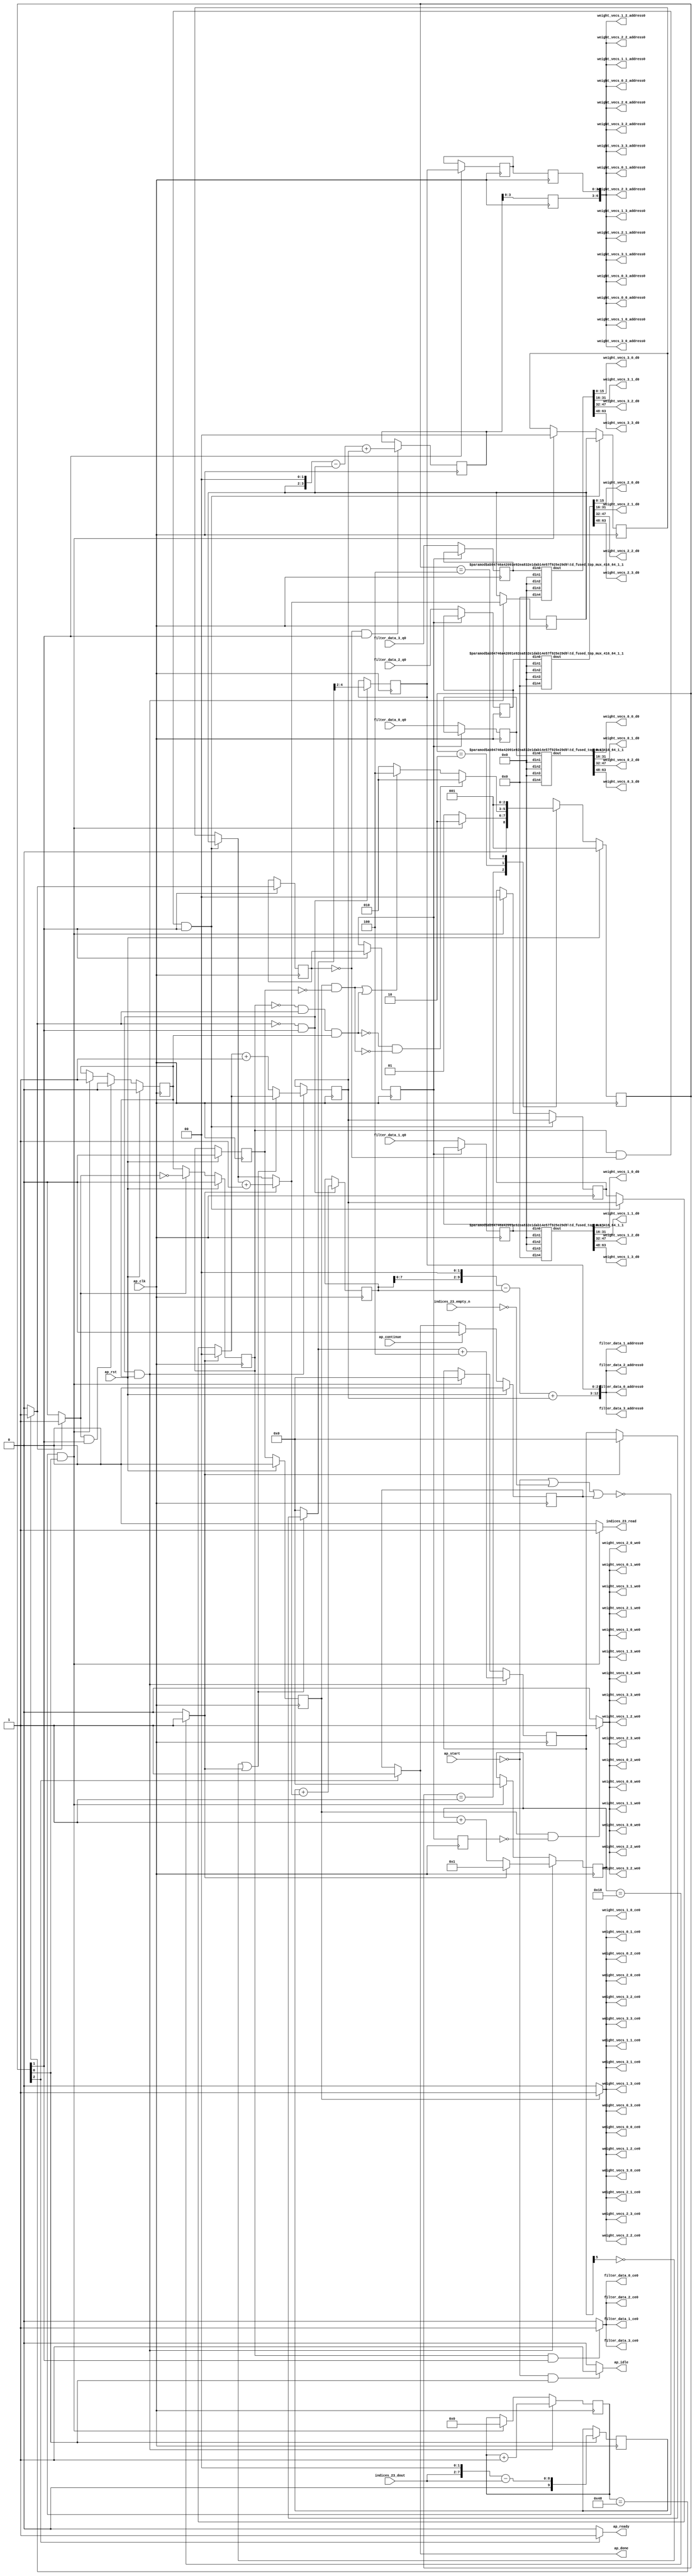
`define EXPONENT 5
`define MANTISSA 10
`define ACTUAL_MANTISSA 11
`define EXPONENT_LSB 10
`define EXPONENT_MSB 14
`define MANTISSA_LSB 0
`define MANTISSA_MSB 9
`define MANTISSA_MUL_SPLIT_LSB 3
`define MANTISSA_MUL_SPLIT_MSB 9
`define SIGN 1
`define SIGN_LOC 15
`define DWIDTH (`SIGN+`EXPONENT+`MANTISSA)
`define IEEE_COMPLIANCE 1

module td_fused_top_tdf7_readFilters53 (
        ap_clk,
        ap_rst,
        ap_start,
        ap_done,
        ap_continue,
        ap_idle,
        ap_ready,
        filter_data_0_address0,
        filter_data_0_ce0,
        filter_data_0_q0,
        filter_data_1_address0,
        filter_data_1_ce0,
        filter_data_1_q0,
        filter_data_2_address0,
        filter_data_2_ce0,
        filter_data_2_q0,
        filter_data_3_address0,
        filter_data_3_ce0,
        filter_data_3_q0,
        indices_23_dout,
        indices_23_empty_n,
        indices_23_read,
        weight_vecs_0_0_address0,
        weight_vecs_0_0_ce0,
        weight_vecs_0_0_we0,
        weight_vecs_0_0_d0,
        weight_vecs_0_1_address0,
        weight_vecs_0_1_ce0,
        weight_vecs_0_1_we0,
        weight_vecs_0_1_d0,
        weight_vecs_0_2_address0,
        weight_vecs_0_2_ce0,
        weight_vecs_0_2_we0,
        weight_vecs_0_2_d0,
        weight_vecs_0_3_address0,
        weight_vecs_0_3_ce0,
        weight_vecs_0_3_we0,
        weight_vecs_0_3_d0,
        weight_vecs_1_0_address0,
        weight_vecs_1_0_ce0,
        weight_vecs_1_0_we0,
        weight_vecs_1_0_d0,
        weight_vecs_1_1_address0,
        weight_vecs_1_1_ce0,
        weight_vecs_1_1_we0,
        weight_vecs_1_1_d0,
        weight_vecs_1_2_address0,
        weight_vecs_1_2_ce0,
        weight_vecs_1_2_we0,
        weight_vecs_1_2_d0,
        weight_vecs_1_3_address0,
        weight_vecs_1_3_ce0,
        weight_vecs_1_3_we0,
        weight_vecs_1_3_d0,
        weight_vecs_2_0_address0,
        weight_vecs_2_0_ce0,
        weight_vecs_2_0_we0,
        weight_vecs_2_0_d0,
        weight_vecs_2_1_address0,
        weight_vecs_2_1_ce0,
        weight_vecs_2_1_we0,
        weight_vecs_2_1_d0,
        weight_vecs_2_2_address0,
        weight_vecs_2_2_ce0,
        weight_vecs_2_2_we0,
        weight_vecs_2_2_d0,
        weight_vecs_2_3_address0,
        weight_vecs_2_3_ce0,
        weight_vecs_2_3_we0,
        weight_vecs_2_3_d0,
        weight_vecs_3_0_address0,
        weight_vecs_3_0_ce0,
        weight_vecs_3_0_we0,
        weight_vecs_3_0_d0,
        weight_vecs_3_1_address0,
        weight_vecs_3_1_ce0,
        weight_vecs_3_1_we0,
        weight_vecs_3_1_d0,
        weight_vecs_3_2_address0,
        weight_vecs_3_2_ce0,
        weight_vecs_3_2_we0,
        weight_vecs_3_2_d0,
        weight_vecs_3_3_address0,
        weight_vecs_3_3_ce0,
        weight_vecs_3_3_we0,
        weight_vecs_3_3_d0
);

parameter    ap_ST_fsm_state1 = 3'd1;
parameter    ap_ST_fsm_pp0_stage0 = 3'd2;
parameter    ap_ST_fsm_state6 = 3'd4;

input   ap_clk;
input   ap_rst;
input   ap_start;
output   ap_done;
input   ap_continue;
output   ap_idle;
output   ap_ready;
output  [12:0] filter_data_0_address0;
output   filter_data_0_ce0;
input  [63:0] filter_data_0_q0;
output  [12:0] filter_data_1_address0;
output   filter_data_1_ce0;
input  [63:0] filter_data_1_q0;
output  [12:0] filter_data_2_address0;
output   filter_data_2_ce0;
input  [63:0] filter_data_2_q0;
output  [12:0] filter_data_3_address0;
output   filter_data_3_ce0;
input  [63:0] filter_data_3_q0;
input  [5:0] indices_23_dout;
input   indices_23_empty_n;
output   indices_23_read;
output  [6:0] weight_vecs_0_0_address0;
output   weight_vecs_0_0_ce0;
output   weight_vecs_0_0_we0;
output  [15:0] weight_vecs_0_0_d0;
output  [6:0] weight_vecs_0_1_address0;
output   weight_vecs_0_1_ce0;
output   weight_vecs_0_1_we0;
output  [15:0] weight_vecs_0_1_d0;
output  [6:0] weight_vecs_0_2_address0;
output   weight_vecs_0_2_ce0;
output   weight_vecs_0_2_we0;
output  [15:0] weight_vecs_0_2_d0;
output  [6:0] weight_vecs_0_3_address0;
output   weight_vecs_0_3_ce0;
output   weight_vecs_0_3_we0;
output  [15:0] weight_vecs_0_3_d0;
output  [6:0] weight_vecs_1_0_address0;
output   weight_vecs_1_0_ce0;
output   weight_vecs_1_0_we0;
output  [15:0] weight_vecs_1_0_d0;
output  [6:0] weight_vecs_1_1_address0;
output   weight_vecs_1_1_ce0;
output   weight_vecs_1_1_we0;
output  [15:0] weight_vecs_1_1_d0;
output  [6:0] weight_vecs_1_2_address0;
output   weight_vecs_1_2_ce0;
output   weight_vecs_1_2_we0;
output  [15:0] weight_vecs_1_2_d0;
output  [6:0] weight_vecs_1_3_address0;
output   weight_vecs_1_3_ce0;
output   weight_vecs_1_3_we0;
output  [15:0] weight_vecs_1_3_d0;
output  [6:0] weight_vecs_2_0_address0;
output   weight_vecs_2_0_ce0;
output   weight_vecs_2_0_we0;
output  [15:0] weight_vecs_2_0_d0;
output  [6:0] weight_vecs_2_1_address0;
output   weight_vecs_2_1_ce0;
output   weight_vecs_2_1_we0;
output  [15:0] weight_vecs_2_1_d0;
output  [6:0] weight_vecs_2_2_address0;
output   weight_vecs_2_2_ce0;
output   weight_vecs_2_2_we0;
output  [15:0] weight_vecs_2_2_d0;
output  [6:0] weight_vecs_2_3_address0;
output   weight_vecs_2_3_ce0;
output   weight_vecs_2_3_we0;
output  [15:0] weight_vecs_2_3_d0;
output  [6:0] weight_vecs_3_0_address0;
output   weight_vecs_3_0_ce0;
output   weight_vecs_3_0_we0;
output  [15:0] weight_vecs_3_0_d0;
output  [6:0] weight_vecs_3_1_address0;
output   weight_vecs_3_1_ce0;
output   weight_vecs_3_1_we0;
output  [15:0] weight_vecs_3_1_d0;
output  [6:0] weight_vecs_3_2_address0;
output   weight_vecs_3_2_ce0;
output   weight_vecs_3_2_we0;
output  [15:0] weight_vecs_3_2_d0;
output  [6:0] weight_vecs_3_3_address0;
output   weight_vecs_3_3_ce0;
output   weight_vecs_3_3_we0;
output  [15:0] weight_vecs_3_3_d0;

reg ap_done;
reg ap_idle;
reg ap_ready;
reg filter_data_0_ce0;
reg filter_data_1_ce0;
reg filter_data_2_ce0;
reg filter_data_3_ce0;
reg indices_23_read;
reg weight_vecs_0_0_ce0;
reg weight_vecs_0_0_we0;
reg weight_vecs_0_1_ce0;
reg weight_vecs_0_1_we0;
reg weight_vecs_0_2_ce0;
reg weight_vecs_0_2_we0;
reg weight_vecs_0_3_ce0;
reg weight_vecs_0_3_we0;
reg weight_vecs_1_0_ce0;
reg weight_vecs_1_0_we0;
reg weight_vecs_1_1_ce0;
reg weight_vecs_1_1_we0;
reg weight_vecs_1_2_ce0;
reg weight_vecs_1_2_we0;
reg weight_vecs_1_3_ce0;
reg weight_vecs_1_3_we0;
reg weight_vecs_2_0_ce0;
reg weight_vecs_2_0_we0;
reg weight_vecs_2_1_ce0;
reg weight_vecs_2_1_we0;
reg weight_vecs_2_2_ce0;
reg weight_vecs_2_2_we0;
reg weight_vecs_2_3_ce0;
reg weight_vecs_2_3_we0;
reg weight_vecs_3_0_ce0;
reg weight_vecs_3_0_we0;
reg weight_vecs_3_1_ce0;
reg weight_vecs_3_1_we0;
reg weight_vecs_3_2_ce0;
reg weight_vecs_3_2_we0;
reg weight_vecs_3_3_ce0;
reg weight_vecs_3_3_we0;

reg    ap_done_reg;
  reg   [2:0] ap_CS_fsm;
wire    ap_CS_fsm_state1;
reg    indices_23_blk_n;
reg   [6:0] indvar_flatten13_reg_412;
reg   [1:0] ii_reg_423;
reg   [5:0] indvar_flatten_reg_434;
reg   [1:0] jj_reg_445;
reg   [5:0] kk_reg_456;
wire   [9:0] sext_ln47_fu_489_p1;
reg   [9:0] sext_ln47_reg_989;
wire   [6:0] add_ln47_2_fu_493_p2;
wire    ap_CS_fsm_pp0_stage0;
reg    ap_enable_reg_pp0_iter0;
wire    ap_block_state2_pp0_stage0_iter0;
wire    ap_block_state3_pp0_stage0_iter1;
wire    ap_block_state4_pp0_stage0_iter2;
wire    ap_block_state5_pp0_stage0_iter3;
wire    ap_block_pp0_stage0_11001;
wire   [0:0] icmp_ln47_fu_499_p2;
reg   [0:0] icmp_ln47_reg_999;
reg   [0:0] icmp_ln47_reg_999_pp0_iter1_reg;
reg   [0:0] icmp_ln47_reg_999_pp0_iter2_reg;
wire   [1:0] select_ln47_4_fu_533_p3;
reg   [1:0] select_ln47_4_reg_1003;
wire   [9:0] add_ln55_fu_545_p2;
reg   [9:0] add_ln55_reg_1010;
wire   [1:0] select_ln48_3_fu_584_p3;
reg   [1:0] select_ln48_3_reg_1016;
reg   [2:0] lshr_ln_reg_1023;
reg   [2:0] lshr_ln_reg_1023_pp0_iter1_reg;
reg   [2:0] lshr_ln_reg_1023_pp0_iter2_reg;
wire   [5:0] add_ln49_fu_602_p2;
wire   [5:0] select_ln48_4_fu_614_p3;
wire   [5:0] add_ln55_4_fu_678_p2;
reg   [5:0] add_ln55_4_reg_1039;
reg   [5:0] add_ln55_4_reg_1039_pp0_iter2_reg;
reg   [63:0] filter_data_0_load_reg_1064;
reg   [63:0] filter_data_1_load_reg_1069;
reg   [63:0] filter_data_2_load_reg_1074;
reg   [63:0] filter_data_3_load_reg_1079;
reg    ap_block_state1;
wire    ap_block_pp0_stage0_subdone;
reg    ap_condition_pp0_exit_iter0_state2;
reg    ap_enable_reg_pp0_iter1;
reg    ap_enable_reg_pp0_iter2;
reg    ap_enable_reg_pp0_iter3;
reg   [1:0] ap_phi_mux_ii_phi_fu_427_p4;
wire    ap_block_pp0_stage0;
reg   [1:0] ap_phi_mux_jj_phi_fu_449_p4;
wire   [63:0] tmp_16_fu_684_p3;
wire   [63:0] sext_ln55_4_fu_701_p1;
wire   [7:0] tmp_s_fu_471_p3;
wire   [8:0] zext_ln55_8_fu_479_p1;
wire   [8:0] zext_ln55_fu_467_p1;
wire   [8:0] sub_ln55_fu_483_p2;
wire   [0:0] icmp_ln48_fu_511_p2;
wire   [1:0] add_ln47_fu_505_p2;
wire   [9:0] zext_ln55_10_fu_541_p1;
wire   [0:0] tmp_24_fu_550_p3;
wire   [0:0] xor_ln49_fu_558_p2;
wire   [1:0] select_ln47_fu_517_p3;
wire   [0:0] or_ln47_fu_564_p2;
wire   [5:0] select_ln47_3_fu_525_p3;
wire   [1:0] add_ln48_fu_570_p2;
wire   [5:0] select_ln48_fu_576_p3;
wire   [5:0] add_ln48_2_fu_608_p2;
wire   [11:0] tmp_23_fu_628_p3;
wire   [60:0] sext_ln55_3_fu_635_p1;
wire   [60:0] sext_ln55_fu_625_p1;
wire   [3:0] tmp_15_fu_645_p3;
wire   [4:0] zext_ln55_11_fu_652_p1;
wire   [4:0] zext_ln55_9_fu_622_p1;
wire   [4:0] sub_ln55_4_fu_656_p2;
wire   [60:0] sub_ln55_3_fu_639_p2;
wire   [60:0] zext_ln55_13_fu_669_p1;
wire   [5:0] sext_ln48_fu_662_p1;
wire   [5:0] zext_ln55_12_fu_666_p1;
wire   [60:0] add_ln55_3_fu_672_p2;
wire   [8:0] tmp_25_fu_695_p3;
wire   [63:0] tmp_fu_721_p6;
wire   [15:0] trunc_ln55_fu_734_p1;
wire   [63:0] tmp_4_fu_743_p6;
wire   [15:0] trunc_ln55_4_fu_756_p1;
wire   [63:0] tmp_5_fu_765_p6;
wire   [15:0] trunc_ln55_5_fu_778_p1;
wire   [63:0] tmp_6_fu_787_p6;
wire   [15:0] trunc_ln55_6_fu_800_p1;
wire   [15:0] tmp_45_i_i_fu_809_p4;
wire   [15:0] tmp_47_i_i_fu_824_p4;
wire   [15:0] tmp_49_i_i_fu_839_p4;
wire   [15:0] tmp_51_i_i_fu_854_p4;
wire   [15:0] tmp_53_i_i_fu_869_p4;
wire   [15:0] tmp_55_i_i_fu_884_p4;
wire   [15:0] tmp_57_i_i_fu_899_p4;
wire   [15:0] tmp_59_i_i_fu_914_p4;
wire   [15:0] tmp_61_i_i_fu_929_p4;
wire   [15:0] tmp_63_i_i_fu_944_p4;
wire   [15:0] tmp_65_i_i_fu_959_p4;
wire   [15:0] tmp_67_i_i_fu_974_p4;
wire    ap_CS_fsm_state6;
reg   [2:0] ap_NS_fsm;
reg    ap_idle_pp0;
wire    ap_enable_pp0;
wire    ap_ce_reg;

// power-on initialization
initial begin
#0 ap_done_reg = 1'b0;
#0 ap_CS_fsm = 3'd1;
#0 ap_enable_reg_pp0_iter0 = 1'b0;
#0 ap_enable_reg_pp0_iter1 = 1'b0;
#0 ap_enable_reg_pp0_iter2 = 1'b0;
#0 ap_enable_reg_pp0_iter3 = 1'b0;
end

td_fused_top_mux_416_64_1_1 #(
    .ID( 1 ),
    .NUM_STAGE( 1 ),
    .din0_WIDTH( 64 ),
    .din1_WIDTH( 64 ),
    .din2_WIDTH( 64 ),
    .din3_WIDTH( 64 ),
    .din4_WIDTH( 16 ),
    .dout_WIDTH( 64 ))
mux_416_64_1_1_U951(
    .din0(filter_data_0_load_reg_1064),
    .din1(64'd0),
    .din2(64'd0),
    .din3(64'd0),
    .din4(16'd0),
    .dout(tmp_fu_721_p6)
);

td_fused_top_mux_416_64_1_1 #(
    .ID( 1 ),
    .NUM_STAGE( 1 ),
    .din0_WIDTH( 64 ),
    .din1_WIDTH( 64 ),
    .din2_WIDTH( 64 ),
    .din3_WIDTH( 64 ),
    .din4_WIDTH( 16 ),
    .dout_WIDTH( 64 ))
mux_416_64_1_1_U952(
    .din0(filter_data_1_load_reg_1069),
    .din1(64'd0),
    .din2(64'd0),
    .din3(64'd0),
    .din4(16'd0),
    .dout(tmp_4_fu_743_p6)
);

td_fused_top_mux_416_64_1_1 #(
    .ID( 1 ),
    .NUM_STAGE( 1 ),
    .din0_WIDTH( 64 ),
    .din1_WIDTH( 64 ),
    .din2_WIDTH( 64 ),
    .din3_WIDTH( 64 ),
    .din4_WIDTH( 16 ),
    .dout_WIDTH( 64 ))
mux_416_64_1_1_U953(
    .din0(filter_data_2_load_reg_1074),
    .din1(64'd0),
    .din2(64'd0),
    .din3(64'd0),
    .din4(16'd0),
    .dout(tmp_5_fu_765_p6)
);

td_fused_top_mux_416_64_1_1 #(
    .ID( 1 ),
    .NUM_STAGE( 1 ),
    .din0_WIDTH( 64 ),
    .din1_WIDTH( 64 ),
    .din2_WIDTH( 64 ),
    .din3_WIDTH( 64 ),
    .din4_WIDTH( 16 ),
    .dout_WIDTH( 64 ))
mux_416_64_1_1_U954(
    .din0(filter_data_3_load_reg_1079),
    .din1(64'd0),
    .din2(64'd0),
    .din3(64'd0),
    .din4(16'd0),
    .dout(tmp_6_fu_787_p6)
);

always @ (posedge ap_clk) begin
    if (ap_rst == 1'b1) begin
        ap_CS_fsm <= ap_ST_fsm_state1;
    end else begin
        ap_CS_fsm <= ap_NS_fsm;
    end
end

always @ (posedge ap_clk) begin
    if (ap_rst == 1'b1) begin
        ap_done_reg <= 1'b0;
    end else begin
        if ((ap_continue == 1'b1)) begin
            ap_done_reg <= 1'b0;
        end else if ((1'b1 == ap_CS_fsm_state6)) begin
            ap_done_reg <= 1'b1;
        end
    end
end

always @ (posedge ap_clk) begin
    if (ap_rst == 1'b1) begin
        ap_enable_reg_pp0_iter0 <= 1'b0;
    end else begin
        if (((1'b1 == ap_condition_pp0_exit_iter0_state2) & (1'b1 == ap_CS_fsm_pp0_stage0) & (1'b0 == ap_block_pp0_stage0_subdone))) begin
            ap_enable_reg_pp0_iter0 <= 1'b0;
        end else if ((~((ap_start == 1'b0) | (indices_23_empty_n == 1'b0) | (ap_done_reg == 1'b1)) & (1'b1 == ap_CS_fsm_state1))) begin
            ap_enable_reg_pp0_iter0 <= 1'b1;
        end
    end
end

always @ (posedge ap_clk) begin
    if (ap_rst == 1'b1) begin
        ap_enable_reg_pp0_iter1 <= 1'b0;
    end else begin
        if ((1'b0 == ap_block_pp0_stage0_subdone)) begin
            if ((1'b1 == ap_condition_pp0_exit_iter0_state2)) begin
                ap_enable_reg_pp0_iter1 <= (1'b1 ^ ap_condition_pp0_exit_iter0_state2);
            end else if ((1'b1 == 1'b1)) begin
                ap_enable_reg_pp0_iter1 <= ap_enable_reg_pp0_iter0;
            end
        end
    end
end

always @ (posedge ap_clk) begin
    if (ap_rst == 1'b1) begin
        ap_enable_reg_pp0_iter2 <= 1'b0;
    end else begin
        if ((1'b0 == ap_block_pp0_stage0_subdone)) begin
            ap_enable_reg_pp0_iter2 <= ap_enable_reg_pp0_iter1;
        end
    end
end

always @ (posedge ap_clk) begin
    if (ap_rst == 1'b1) begin
        ap_enable_reg_pp0_iter3 <= 1'b0;
    end else begin
        if ((1'b0 == ap_block_pp0_stage0_subdone)) begin
            ap_enable_reg_pp0_iter3 <= ap_enable_reg_pp0_iter2;
        end else if ((~((ap_start == 1'b0) | (indices_23_empty_n == 1'b0) | (ap_done_reg == 1'b1)) & (1'b1 == ap_CS_fsm_state1))) begin
            ap_enable_reg_pp0_iter3 <= 1'b0;
        end
    end
end

always @ (posedge ap_clk) begin
    if (((ap_enable_reg_pp0_iter1 == 1'b1) & (icmp_ln47_reg_999 == 1'd0) & (1'b1 == ap_CS_fsm_pp0_stage0) & (1'b0 == ap_block_pp0_stage0_11001))) begin
        ii_reg_423 <= select_ln47_4_reg_1003;
    end else if ((~((ap_start == 1'b0) | (indices_23_empty_n == 1'b0) | (ap_done_reg == 1'b1)) & (1'b1 == ap_CS_fsm_state1))) begin
        ii_reg_423 <= 2'd0;
    end
end

always @ (posedge ap_clk) begin
    if (((icmp_ln47_fu_499_p2 == 1'd0) & (1'b1 == ap_CS_fsm_pp0_stage0) & (1'b0 == ap_block_pp0_stage0_11001) & (ap_enable_reg_pp0_iter0 == 1'b1))) begin
        indvar_flatten13_reg_412 <= add_ln47_2_fu_493_p2;
    end else if ((~((ap_start == 1'b0) | (indices_23_empty_n == 1'b0) | (ap_done_reg == 1'b1)) & (1'b1 == ap_CS_fsm_state1))) begin
        indvar_flatten13_reg_412 <= 7'd0;
    end
end

always @ (posedge ap_clk) begin
    if (((icmp_ln47_fu_499_p2 == 1'd0) & (1'b1 == ap_CS_fsm_pp0_stage0) & (1'b0 == ap_block_pp0_stage0_11001) & (ap_enable_reg_pp0_iter0 == 1'b1))) begin
        indvar_flatten_reg_434 <= select_ln48_4_fu_614_p3;
    end else if ((~((ap_start == 1'b0) | (indices_23_empty_n == 1'b0) | (ap_done_reg == 1'b1)) & (1'b1 == ap_CS_fsm_state1))) begin
        indvar_flatten_reg_434 <= 6'd0;
    end
end

always @ (posedge ap_clk) begin
    if (((ap_enable_reg_pp0_iter1 == 1'b1) & (icmp_ln47_reg_999 == 1'd0) & (1'b1 == ap_CS_fsm_pp0_stage0) & (1'b0 == ap_block_pp0_stage0_11001))) begin
        jj_reg_445 <= select_ln48_3_reg_1016;
    end else if ((~((ap_start == 1'b0) | (indices_23_empty_n == 1'b0) | (ap_done_reg == 1'b1)) & (1'b1 == ap_CS_fsm_state1))) begin
        jj_reg_445 <= 2'd0;
    end
end

always @ (posedge ap_clk) begin
    if (((icmp_ln47_fu_499_p2 == 1'd0) & (1'b1 == ap_CS_fsm_pp0_stage0) & (1'b0 == ap_block_pp0_stage0_11001) & (ap_enable_reg_pp0_iter0 == 1'b1))) begin
        kk_reg_456 <= add_ln49_fu_602_p2;
    end else if ((~((ap_start == 1'b0) | (indices_23_empty_n == 1'b0) | (ap_done_reg == 1'b1)) & (1'b1 == ap_CS_fsm_state1))) begin
        kk_reg_456 <= 6'd0;
    end
end

always @ (posedge ap_clk) begin
    if (((icmp_ln47_reg_999 == 1'd0) & (1'b1 == ap_CS_fsm_pp0_stage0) & (1'b0 == ap_block_pp0_stage0_11001))) begin
        add_ln55_4_reg_1039 <= add_ln55_4_fu_678_p2;
    end
end

always @ (posedge ap_clk) begin
    if ((1'b0 == ap_block_pp0_stage0_11001)) begin
        add_ln55_4_reg_1039_pp0_iter2_reg <= add_ln55_4_reg_1039;
        icmp_ln47_reg_999_pp0_iter2_reg <= icmp_ln47_reg_999_pp0_iter1_reg;
        lshr_ln_reg_1023_pp0_iter2_reg <= lshr_ln_reg_1023_pp0_iter1_reg;
    end
end

always @ (posedge ap_clk) begin
    if (((icmp_ln47_fu_499_p2 == 1'd0) & (1'b1 == ap_CS_fsm_pp0_stage0) & (1'b0 == ap_block_pp0_stage0_11001))) begin
        add_ln55_reg_1010 <= add_ln55_fu_545_p2;
        lshr_ln_reg_1023 <= {{select_ln48_fu_576_p3[4:2]}};
    end
end

always @ (posedge ap_clk) begin
    if (((icmp_ln47_reg_999_pp0_iter1_reg == 1'd0) & (1'b0 == ap_block_pp0_stage0_11001))) begin
        filter_data_0_load_reg_1064 <= filter_data_0_q0;
        filter_data_1_load_reg_1069 <= filter_data_1_q0;
        filter_data_2_load_reg_1074 <= filter_data_2_q0;
        filter_data_3_load_reg_1079 <= filter_data_3_q0;
    end
end

always @ (posedge ap_clk) begin
    if (((1'b1 == ap_CS_fsm_pp0_stage0) & (1'b0 == ap_block_pp0_stage0_11001))) begin
        icmp_ln47_reg_999 <= icmp_ln47_fu_499_p2;
        icmp_ln47_reg_999_pp0_iter1_reg <= icmp_ln47_reg_999;
        lshr_ln_reg_1023_pp0_iter1_reg <= lshr_ln_reg_1023;
    end
end

always @ (posedge ap_clk) begin
    if (((icmp_ln47_fu_499_p2 == 1'd0) & (1'b1 == ap_CS_fsm_pp0_stage0) & (1'b0 == ap_block_pp0_stage0_11001) & (ap_enable_reg_pp0_iter0 == 1'b1))) begin
        select_ln47_4_reg_1003 <= select_ln47_4_fu_533_p3;
        select_ln48_3_reg_1016 <= select_ln48_3_fu_584_p3;
    end
end

always @ (posedge ap_clk) begin
    if ((1'b1 == ap_CS_fsm_state1)) begin
        sext_ln47_reg_989 <= sext_ln47_fu_489_p1;
    end
end

always @ (*) begin
    if ((icmp_ln47_fu_499_p2 == 1'd1)) begin
        ap_condition_pp0_exit_iter0_state2 = 1'b1;
    end else begin
        ap_condition_pp0_exit_iter0_state2 = 1'b0;
    end
end

always @ (*) begin
    if ((1'b1 == ap_CS_fsm_state6)) begin
        ap_done = 1'b1;
    end else begin
        ap_done = ap_done_reg;
    end
end

always @ (*) begin
    if (((ap_start == 1'b0) & (1'b1 == ap_CS_fsm_state1))) begin
        ap_idle = 1'b1;
    end else begin
        ap_idle = 1'b0;
    end
end

always @ (*) begin
    if (((ap_enable_reg_pp0_iter3 == 1'b0) & (ap_enable_reg_pp0_iter2 == 1'b0) & (ap_enable_reg_pp0_iter1 == 1'b0) & (ap_enable_reg_pp0_iter0 == 1'b0))) begin
        ap_idle_pp0 = 1'b1;
    end else begin
        ap_idle_pp0 = 1'b0;
    end
end

always @ (*) begin
    if (((ap_enable_reg_pp0_iter1 == 1'b1) & (icmp_ln47_reg_999 == 1'd0) & (1'b1 == ap_CS_fsm_pp0_stage0) & (1'b0 == ap_block_pp0_stage0))) begin
        ap_phi_mux_ii_phi_fu_427_p4 = select_ln47_4_reg_1003;
    end else begin
        ap_phi_mux_ii_phi_fu_427_p4 = ii_reg_423;
    end
end

always @ (*) begin
    if (((ap_enable_reg_pp0_iter1 == 1'b1) & (icmp_ln47_reg_999 == 1'd0) & (1'b1 == ap_CS_fsm_pp0_stage0) & (1'b0 == ap_block_pp0_stage0))) begin
        ap_phi_mux_jj_phi_fu_449_p4 = select_ln48_3_reg_1016;
    end else begin
        ap_phi_mux_jj_phi_fu_449_p4 = jj_reg_445;
    end
end

always @ (*) begin
    if ((1'b1 == ap_CS_fsm_state6)) begin
        ap_ready = 1'b1;
    end else begin
        ap_ready = 1'b0;
    end
end

always @ (*) begin
    if (((ap_enable_reg_pp0_iter1 == 1'b1) & (1'b1 == ap_CS_fsm_pp0_stage0) & (1'b0 == ap_block_pp0_stage0_11001))) begin
        filter_data_0_ce0 = 1'b1;
    end else begin
        filter_data_0_ce0 = 1'b0;
    end
end

always @ (*) begin
    if (((ap_enable_reg_pp0_iter1 == 1'b1) & (1'b1 == ap_CS_fsm_pp0_stage0) & (1'b0 == ap_block_pp0_stage0_11001))) begin
        filter_data_1_ce0 = 1'b1;
    end else begin
        filter_data_1_ce0 = 1'b0;
    end
end

always @ (*) begin
    if (((ap_enable_reg_pp0_iter1 == 1'b1) & (1'b1 == ap_CS_fsm_pp0_stage0) & (1'b0 == ap_block_pp0_stage0_11001))) begin
        filter_data_2_ce0 = 1'b1;
    end else begin
        filter_data_2_ce0 = 1'b0;
    end
end

always @ (*) begin
    if (((ap_enable_reg_pp0_iter1 == 1'b1) & (1'b1 == ap_CS_fsm_pp0_stage0) & (1'b0 == ap_block_pp0_stage0_11001))) begin
        filter_data_3_ce0 = 1'b1;
    end else begin
        filter_data_3_ce0 = 1'b0;
    end
end

always @ (*) begin
    if ((~((ap_start == 1'b0) | (ap_done_reg == 1'b1)) & (1'b1 == ap_CS_fsm_state1))) begin
        indices_23_blk_n = indices_23_empty_n;
    end else begin
        indices_23_blk_n = 1'b1;
    end
end

always @ (*) begin
    if ((~((ap_start == 1'b0) | (indices_23_empty_n == 1'b0) | (ap_done_reg == 1'b1)) & (1'b1 == ap_CS_fsm_state1))) begin
        indices_23_read = 1'b1;
    end else begin
        indices_23_read = 1'b0;
    end
end

always @ (*) begin
    if (((ap_enable_reg_pp0_iter3 == 1'b1) & (1'b0 == ap_block_pp0_stage0_11001))) begin
        weight_vecs_0_0_ce0 = 1'b1;
    end else begin
        weight_vecs_0_0_ce0 = 1'b0;
    end
end

always @ (*) begin
    if (((ap_enable_reg_pp0_iter3 == 1'b1) & (icmp_ln47_reg_999_pp0_iter2_reg == 1'd0) & (1'b0 == ap_block_pp0_stage0_11001))) begin
        weight_vecs_0_0_we0 = 1'b1;
    end else begin
        weight_vecs_0_0_we0 = 1'b0;
    end
end

always @ (*) begin
    if (((ap_enable_reg_pp0_iter3 == 1'b1) & (1'b0 == ap_block_pp0_stage0_11001))) begin
        weight_vecs_0_1_ce0 = 1'b1;
    end else begin
        weight_vecs_0_1_ce0 = 1'b0;
    end
end

always @ (*) begin
    if (((ap_enable_reg_pp0_iter3 == 1'b1) & (icmp_ln47_reg_999_pp0_iter2_reg == 1'd0) & (1'b0 == ap_block_pp0_stage0_11001))) begin
        weight_vecs_0_1_we0 = 1'b1;
    end else begin
        weight_vecs_0_1_we0 = 1'b0;
    end
end

always @ (*) begin
    if (((ap_enable_reg_pp0_iter3 == 1'b1) & (1'b0 == ap_block_pp0_stage0_11001))) begin
        weight_vecs_0_2_ce0 = 1'b1;
    end else begin
        weight_vecs_0_2_ce0 = 1'b0;
    end
end

always @ (*) begin
    if (((ap_enable_reg_pp0_iter3 == 1'b1) & (icmp_ln47_reg_999_pp0_iter2_reg == 1'd0) & (1'b0 == ap_block_pp0_stage0_11001))) begin
        weight_vecs_0_2_we0 = 1'b1;
    end else begin
        weight_vecs_0_2_we0 = 1'b0;
    end
end

always @ (*) begin
    if (((ap_enable_reg_pp0_iter3 == 1'b1) & (1'b0 == ap_block_pp0_stage0_11001))) begin
        weight_vecs_0_3_ce0 = 1'b1;
    end else begin
        weight_vecs_0_3_ce0 = 1'b0;
    end
end

always @ (*) begin
    if (((ap_enable_reg_pp0_iter3 == 1'b1) & (icmp_ln47_reg_999_pp0_iter2_reg == 1'd0) & (1'b0 == ap_block_pp0_stage0_11001))) begin
        weight_vecs_0_3_we0 = 1'b1;
    end else begin
        weight_vecs_0_3_we0 = 1'b0;
    end
end

always @ (*) begin
    if (((ap_enable_reg_pp0_iter3 == 1'b1) & (1'b0 == ap_block_pp0_stage0_11001))) begin
        weight_vecs_1_0_ce0 = 1'b1;
    end else begin
        weight_vecs_1_0_ce0 = 1'b0;
    end
end

always @ (*) begin
    if (((ap_enable_reg_pp0_iter3 == 1'b1) & (icmp_ln47_reg_999_pp0_iter2_reg == 1'd0) & (1'b0 == ap_block_pp0_stage0_11001))) begin
        weight_vecs_1_0_we0 = 1'b1;
    end else begin
        weight_vecs_1_0_we0 = 1'b0;
    end
end

always @ (*) begin
    if (((ap_enable_reg_pp0_iter3 == 1'b1) & (1'b0 == ap_block_pp0_stage0_11001))) begin
        weight_vecs_1_1_ce0 = 1'b1;
    end else begin
        weight_vecs_1_1_ce0 = 1'b0;
    end
end

always @ (*) begin
    if (((ap_enable_reg_pp0_iter3 == 1'b1) & (icmp_ln47_reg_999_pp0_iter2_reg == 1'd0) & (1'b0 == ap_block_pp0_stage0_11001))) begin
        weight_vecs_1_1_we0 = 1'b1;
    end else begin
        weight_vecs_1_1_we0 = 1'b0;
    end
end

always @ (*) begin
    if (((ap_enable_reg_pp0_iter3 == 1'b1) & (1'b0 == ap_block_pp0_stage0_11001))) begin
        weight_vecs_1_2_ce0 = 1'b1;
    end else begin
        weight_vecs_1_2_ce0 = 1'b0;
    end
end

always @ (*) begin
    if (((ap_enable_reg_pp0_iter3 == 1'b1) & (icmp_ln47_reg_999_pp0_iter2_reg == 1'd0) & (1'b0 == ap_block_pp0_stage0_11001))) begin
        weight_vecs_1_2_we0 = 1'b1;
    end else begin
        weight_vecs_1_2_we0 = 1'b0;
    end
end

always @ (*) begin
    if (((ap_enable_reg_pp0_iter3 == 1'b1) & (1'b0 == ap_block_pp0_stage0_11001))) begin
        weight_vecs_1_3_ce0 = 1'b1;
    end else begin
        weight_vecs_1_3_ce0 = 1'b0;
    end
end

always @ (*) begin
    if (((ap_enable_reg_pp0_iter3 == 1'b1) & (icmp_ln47_reg_999_pp0_iter2_reg == 1'd0) & (1'b0 == ap_block_pp0_stage0_11001))) begin
        weight_vecs_1_3_we0 = 1'b1;
    end else begin
        weight_vecs_1_3_we0 = 1'b0;
    end
end

always @ (*) begin
    if (((ap_enable_reg_pp0_iter3 == 1'b1) & (1'b0 == ap_block_pp0_stage0_11001))) begin
        weight_vecs_2_0_ce0 = 1'b1;
    end else begin
        weight_vecs_2_0_ce0 = 1'b0;
    end
end

always @ (*) begin
    if (((ap_enable_reg_pp0_iter3 == 1'b1) & (icmp_ln47_reg_999_pp0_iter2_reg == 1'd0) & (1'b0 == ap_block_pp0_stage0_11001))) begin
        weight_vecs_2_0_we0 = 1'b1;
    end else begin
        weight_vecs_2_0_we0 = 1'b0;
    end
end

always @ (*) begin
    if (((ap_enable_reg_pp0_iter3 == 1'b1) & (1'b0 == ap_block_pp0_stage0_11001))) begin
        weight_vecs_2_1_ce0 = 1'b1;
    end else begin
        weight_vecs_2_1_ce0 = 1'b0;
    end
end

always @ (*) begin
    if (((ap_enable_reg_pp0_iter3 == 1'b1) & (icmp_ln47_reg_999_pp0_iter2_reg == 1'd0) & (1'b0 == ap_block_pp0_stage0_11001))) begin
        weight_vecs_2_1_we0 = 1'b1;
    end else begin
        weight_vecs_2_1_we0 = 1'b0;
    end
end

always @ (*) begin
    if (((ap_enable_reg_pp0_iter3 == 1'b1) & (1'b0 == ap_block_pp0_stage0_11001))) begin
        weight_vecs_2_2_ce0 = 1'b1;
    end else begin
        weight_vecs_2_2_ce0 = 1'b0;
    end
end

always @ (*) begin
    if (((ap_enable_reg_pp0_iter3 == 1'b1) & (icmp_ln47_reg_999_pp0_iter2_reg == 1'd0) & (1'b0 == ap_block_pp0_stage0_11001))) begin
        weight_vecs_2_2_we0 = 1'b1;
    end else begin
        weight_vecs_2_2_we0 = 1'b0;
    end
end

always @ (*) begin
    if (((ap_enable_reg_pp0_iter3 == 1'b1) & (1'b0 == ap_block_pp0_stage0_11001))) begin
        weight_vecs_2_3_ce0 = 1'b1;
    end else begin
        weight_vecs_2_3_ce0 = 1'b0;
    end
end

always @ (*) begin
    if (((ap_enable_reg_pp0_iter3 == 1'b1) & (icmp_ln47_reg_999_pp0_iter2_reg == 1'd0) & (1'b0 == ap_block_pp0_stage0_11001))) begin
        weight_vecs_2_3_we0 = 1'b1;
    end else begin
        weight_vecs_2_3_we0 = 1'b0;
    end
end

always @ (*) begin
    if (((ap_enable_reg_pp0_iter3 == 1'b1) & (1'b0 == ap_block_pp0_stage0_11001))) begin
        weight_vecs_3_0_ce0 = 1'b1;
    end else begin
        weight_vecs_3_0_ce0 = 1'b0;
    end
end

always @ (*) begin
    if (((ap_enable_reg_pp0_iter3 == 1'b1) & (icmp_ln47_reg_999_pp0_iter2_reg == 1'd0) & (1'b0 == ap_block_pp0_stage0_11001))) begin
        weight_vecs_3_0_we0 = 1'b1;
    end else begin
        weight_vecs_3_0_we0 = 1'b0;
    end
end

always @ (*) begin
    if (((ap_enable_reg_pp0_iter3 == 1'b1) & (1'b0 == ap_block_pp0_stage0_11001))) begin
        weight_vecs_3_1_ce0 = 1'b1;
    end else begin
        weight_vecs_3_1_ce0 = 1'b0;
    end
end

always @ (*) begin
    if (((ap_enable_reg_pp0_iter3 == 1'b1) & (icmp_ln47_reg_999_pp0_iter2_reg == 1'd0) & (1'b0 == ap_block_pp0_stage0_11001))) begin
        weight_vecs_3_1_we0 = 1'b1;
    end else begin
        weight_vecs_3_1_we0 = 1'b0;
    end
end

always @ (*) begin
    if (((ap_enable_reg_pp0_iter3 == 1'b1) & (1'b0 == ap_block_pp0_stage0_11001))) begin
        weight_vecs_3_2_ce0 = 1'b1;
    end else begin
        weight_vecs_3_2_ce0 = 1'b0;
    end
end

always @ (*) begin
    if (((ap_enable_reg_pp0_iter3 == 1'b1) & (icmp_ln47_reg_999_pp0_iter2_reg == 1'd0) & (1'b0 == ap_block_pp0_stage0_11001))) begin
        weight_vecs_3_2_we0 = 1'b1;
    end else begin
        weight_vecs_3_2_we0 = 1'b0;
    end
end

always @ (*) begin
    if (((ap_enable_reg_pp0_iter3 == 1'b1) & (1'b0 == ap_block_pp0_stage0_11001))) begin
        weight_vecs_3_3_ce0 = 1'b1;
    end else begin
        weight_vecs_3_3_ce0 = 1'b0;
    end
end

always @ (*) begin
    if (((ap_enable_reg_pp0_iter3 == 1'b1) & (icmp_ln47_reg_999_pp0_iter2_reg == 1'd0) & (1'b0 == ap_block_pp0_stage0_11001))) begin
        weight_vecs_3_3_we0 = 1'b1;
    end else begin
        weight_vecs_3_3_we0 = 1'b0;
    end
end

always @ (*) begin
    case (ap_CS_fsm)
        ap_ST_fsm_state1 : begin
            if ((~((ap_start == 1'b0) | (indices_23_empty_n == 1'b0) | (ap_done_reg == 1'b1)) & (1'b1 == ap_CS_fsm_state1))) begin
                ap_NS_fsm = ap_ST_fsm_pp0_stage0;
            end else begin
                ap_NS_fsm = ap_ST_fsm_state1;
            end
        end
        ap_ST_fsm_pp0_stage0 : begin
            if ((~((ap_enable_reg_pp0_iter1 == 1'b0) & (icmp_ln47_fu_499_p2 == 1'd1) & (1'b0 == ap_block_pp0_stage0_subdone) & (ap_enable_reg_pp0_iter0 == 1'b1)) & ~((ap_enable_reg_pp0_iter3 == 1'b1) & (ap_enable_reg_pp0_iter2 == 1'b0) & (1'b0 == ap_block_pp0_stage0_subdone)))) begin
                ap_NS_fsm = ap_ST_fsm_pp0_stage0;
            end else if ((((ap_enable_reg_pp0_iter3 == 1'b1) & (ap_enable_reg_pp0_iter2 == 1'b0) & (1'b0 == ap_block_pp0_stage0_subdone)) | ((ap_enable_reg_pp0_iter1 == 1'b0) & (icmp_ln47_fu_499_p2 == 1'd1) & (1'b0 == ap_block_pp0_stage0_subdone) & (ap_enable_reg_pp0_iter0 == 1'b1)))) begin
                ap_NS_fsm = ap_ST_fsm_state6;
            end else begin
                ap_NS_fsm = ap_ST_fsm_pp0_stage0;
            end
        end
        ap_ST_fsm_state6 : begin
            ap_NS_fsm = ap_ST_fsm_state1;
        end
        default : begin
            ap_NS_fsm = 'bx;
        end
    endcase
end

assign add_ln47_2_fu_493_p2 = (indvar_flatten13_reg_412 + 7'd1);

assign add_ln47_fu_505_p2 = (ap_phi_mux_ii_phi_fu_427_p4 + 2'd1);

assign add_ln48_2_fu_608_p2 = (indvar_flatten_reg_434 + 6'd1);

assign add_ln48_fu_570_p2 = (select_ln47_fu_517_p3 + 2'd1);

assign add_ln49_fu_602_p2 = (select_ln48_fu_576_p3 + 6'd4);

assign add_ln55_3_fu_672_p2 = (sub_ln55_3_fu_639_p2 + zext_ln55_13_fu_669_p1);

assign add_ln55_4_fu_678_p2 = ((sext_ln48_fu_662_p1) + (zext_ln55_12_fu_666_p1));

assign add_ln55_fu_545_p2 = ((sext_ln47_reg_989) + (zext_ln55_10_fu_541_p1));

assign ap_CS_fsm_pp0_stage0 = ap_CS_fsm[32'd1];

assign ap_CS_fsm_state1 = ap_CS_fsm[32'd0];

assign ap_CS_fsm_state6 = ap_CS_fsm[32'd2];

assign ap_block_pp0_stage0 = ~(1'b1 == 1'b1);

assign ap_block_pp0_stage0_11001 = ~(1'b1 == 1'b1);

assign ap_block_pp0_stage0_subdone = ~(1'b1 == 1'b1);

always @ (*) begin
    ap_block_state1 = ((ap_start == 1'b0) | (indices_23_empty_n == 1'b0) | (ap_done_reg == 1'b1));
end

assign ap_block_state2_pp0_stage0_iter0 = ~(1'b1 == 1'b1);

assign ap_block_state3_pp0_stage0_iter1 = ~(1'b1 == 1'b1);

assign ap_block_state4_pp0_stage0_iter2 = ~(1'b1 == 1'b1);

assign ap_block_state5_pp0_stage0_iter3 = ~(1'b1 == 1'b1);

assign ap_enable_pp0 = (ap_idle_pp0 ^ 1'b1);

assign filter_data_0_address0 = tmp_16_fu_684_p3;

assign filter_data_1_address0 = tmp_16_fu_684_p3;

assign filter_data_2_address0 = tmp_16_fu_684_p3;

assign filter_data_3_address0 = tmp_16_fu_684_p3;

assign icmp_ln47_fu_499_p2 = ((indvar_flatten13_reg_412 == 7'd72) ? 1'b1 : 1'b0);

assign icmp_ln48_fu_511_p2 = ((indvar_flatten_reg_434 == 6'd24) ? 1'b1 : 1'b0);

assign or_ln47_fu_564_p2 = (xor_ln49_fu_558_p2 | icmp_ln48_fu_511_p2);

assign select_ln47_3_fu_525_p3 = ((icmp_ln48_fu_511_p2[0:0] == 1'b1) ? 6'd0 : kk_reg_456);

assign select_ln47_4_fu_533_p3 = ((icmp_ln48_fu_511_p2[0:0] == 1'b1) ? add_ln47_fu_505_p2 : ap_phi_mux_ii_phi_fu_427_p4);

assign select_ln47_fu_517_p3 = ((icmp_ln48_fu_511_p2[0:0] == 1'b1) ? 2'd0 : ap_phi_mux_jj_phi_fu_449_p4);

assign select_ln48_3_fu_584_p3 = ((or_ln47_fu_564_p2[0:0] == 1'b1) ? select_ln47_fu_517_p3 : add_ln48_fu_570_p2);

assign select_ln48_4_fu_614_p3 = ((icmp_ln48_fu_511_p2[0:0] == 1'b1) ? 6'd1 : add_ln48_2_fu_608_p2);

assign select_ln48_fu_576_p3 = ((or_ln47_fu_564_p2[0:0] == 1'b1) ? select_ln47_3_fu_525_p3 : 6'd0);

assign sext_ln47_fu_489_p1 = (sub_ln55_fu_483_p2);

assign sext_ln48_fu_662_p1 = (sub_ln55_4_fu_656_p2);

assign sext_ln55_3_fu_635_p1 = (tmp_23_fu_628_p3);

assign sext_ln55_4_fu_701_p1 = (tmp_25_fu_695_p3);

assign sext_ln55_fu_625_p1 = add_ln55_reg_1010;

assign sub_ln55_3_fu_639_p2 = ((sext_ln55_3_fu_635_p1) - (sext_ln55_fu_625_p1));

assign sub_ln55_4_fu_656_p2 = (zext_ln55_11_fu_652_p1 - zext_ln55_9_fu_622_p1);

assign sub_ln55_fu_483_p2 = (zext_ln55_8_fu_479_p1 - zext_ln55_fu_467_p1);

assign tmp_15_fu_645_p3 = {{select_ln47_4_reg_1003}, {2'd0}};

assign tmp_16_fu_684_p3 = {{add_ln55_3_fu_672_p2}, {lshr_ln_reg_1023}};

assign tmp_23_fu_628_p3 = {{add_ln55_reg_1010}, {2'd0}};

assign tmp_24_fu_550_p3 = kk_reg_456[32'd5];

assign tmp_25_fu_695_p3 = {{add_ln55_4_reg_1039_pp0_iter2_reg}, {lshr_ln_reg_1023_pp0_iter2_reg}};

assign tmp_45_i_i_fu_809_p4 = {{tmp_fu_721_p6[31:16]}};

assign tmp_47_i_i_fu_824_p4 = {{tmp_4_fu_743_p6[31:16]}};

assign tmp_49_i_i_fu_839_p4 = {{tmp_5_fu_765_p6[31:16]}};

assign tmp_51_i_i_fu_854_p4 = {{tmp_6_fu_787_p6[31:16]}};

assign tmp_53_i_i_fu_869_p4 = {{tmp_fu_721_p6[47:32]}};

assign tmp_55_i_i_fu_884_p4 = {{tmp_4_fu_743_p6[47:32]}};

assign tmp_57_i_i_fu_899_p4 = {{tmp_5_fu_765_p6[47:32]}};

assign tmp_59_i_i_fu_914_p4 = {{tmp_6_fu_787_p6[47:32]}};

assign tmp_61_i_i_fu_929_p4 = {{tmp_fu_721_p6[63:48]}};

assign tmp_63_i_i_fu_944_p4 = {{tmp_4_fu_743_p6[63:48]}};

assign tmp_65_i_i_fu_959_p4 = {{tmp_5_fu_765_p6[63:48]}};

assign tmp_67_i_i_fu_974_p4 = {{tmp_6_fu_787_p6[63:48]}};

assign tmp_s_fu_471_p3 = {{indices_23_dout}, {2'd0}};

assign trunc_ln55_4_fu_756_p1 = tmp_4_fu_743_p6[15:0];

assign trunc_ln55_5_fu_778_p1 = tmp_5_fu_765_p6[15:0];

assign trunc_ln55_6_fu_800_p1 = tmp_6_fu_787_p6[15:0];

assign trunc_ln55_fu_734_p1 = tmp_fu_721_p6[15:0];

assign weight_vecs_0_0_address0 = sext_ln55_4_fu_701_p1;

assign weight_vecs_0_0_d0 = trunc_ln55_fu_734_p1;

assign weight_vecs_0_1_address0 = sext_ln55_4_fu_701_p1;

assign weight_vecs_0_1_d0 = tmp_45_i_i_fu_809_p4;

assign weight_vecs_0_2_address0 = sext_ln55_4_fu_701_p1;

assign weight_vecs_0_2_d0 = tmp_53_i_i_fu_869_p4;

assign weight_vecs_0_3_address0 = sext_ln55_4_fu_701_p1;

assign weight_vecs_0_3_d0 = tmp_61_i_i_fu_929_p4;

assign weight_vecs_1_0_address0 = sext_ln55_4_fu_701_p1;

assign weight_vecs_1_0_d0 = trunc_ln55_4_fu_756_p1;

assign weight_vecs_1_1_address0 = sext_ln55_4_fu_701_p1;

assign weight_vecs_1_1_d0 = tmp_47_i_i_fu_824_p4;

assign weight_vecs_1_2_address0 = sext_ln55_4_fu_701_p1;

assign weight_vecs_1_2_d0 = tmp_55_i_i_fu_884_p4;

assign weight_vecs_1_3_address0 = sext_ln55_4_fu_701_p1;

assign weight_vecs_1_3_d0 = tmp_63_i_i_fu_944_p4;

assign weight_vecs_2_0_address0 = sext_ln55_4_fu_701_p1;

assign weight_vecs_2_0_d0 = trunc_ln55_5_fu_778_p1;

assign weight_vecs_2_1_address0 = sext_ln55_4_fu_701_p1;

assign weight_vecs_2_1_d0 = tmp_49_i_i_fu_839_p4;

assign weight_vecs_2_2_address0 = sext_ln55_4_fu_701_p1;

assign weight_vecs_2_2_d0 = tmp_57_i_i_fu_899_p4;

assign weight_vecs_2_3_address0 = sext_ln55_4_fu_701_p1;

assign weight_vecs_2_3_d0 = tmp_65_i_i_fu_959_p4;

assign weight_vecs_3_0_address0 = sext_ln55_4_fu_701_p1;

assign weight_vecs_3_0_d0 = trunc_ln55_6_fu_800_p1;

assign weight_vecs_3_1_address0 = sext_ln55_4_fu_701_p1;

assign weight_vecs_3_1_d0 = tmp_51_i_i_fu_854_p4;

assign weight_vecs_3_2_address0 = sext_ln55_4_fu_701_p1;

assign weight_vecs_3_2_d0 = tmp_59_i_i_fu_914_p4;

assign weight_vecs_3_3_address0 = sext_ln55_4_fu_701_p1;

assign weight_vecs_3_3_d0 = tmp_67_i_i_fu_974_p4;

assign xor_ln49_fu_558_p2 = (tmp_24_fu_550_p3 ^ 1'd1);

assign zext_ln55_10_fu_541_p1 = select_ln47_4_fu_533_p3;

assign zext_ln55_11_fu_652_p1 = tmp_15_fu_645_p3;

assign zext_ln55_12_fu_666_p1 = select_ln48_3_reg_1016;

assign zext_ln55_13_fu_669_p1 = select_ln48_3_reg_1016;

assign zext_ln55_8_fu_479_p1 = tmp_s_fu_471_p3;

assign zext_ln55_9_fu_622_p1 = select_ln47_4_reg_1003;

assign zext_ln55_fu_467_p1 = indices_23_dout;

endmodule //td_fused_top_tdf7_readFilters53

module td_fused_top_mux_416_64_1_1 #(
parameter
    ID                = 0,
    NUM_STAGE         = 1,
    din0_WIDTH       = 32,
    din1_WIDTH       = 32,
    din2_WIDTH       = 32,
    din3_WIDTH       = 32,
    din4_WIDTH         = 32,
    dout_WIDTH            = 32
)(
    input  [63 : 0]     din0,
    input  [63 : 0]     din1,
    input  [63 : 0]     din2,
    input  [63 : 0]     din3,
    input  [15 : 0]    din4,
    output [63 : 0]   dout);

// puts internal signals
wire [15 : 0]     sel;
// level 1 signals
wire [63 : 0]         mux_1_0;
wire [63 : 0]         mux_1_1;
// level 2 signals
wire [63 : 0]         mux_2_0;
// level 3 signals
wire [63 : 0]         mux_3_0;
// level 4 signals
wire [63 : 0]         mux_4_0;
// level 5 signals
wire [63 : 0]         mux_5_0;
// level 6 signals
wire [63 : 0]         mux_6_0;
// level 7 signals
wire [63 : 0]         mux_7_0;
// level 8 signals
wire [63 : 0]         mux_8_0;
// level 9 signals
wire [63 : 0]         mux_9_0;
// level 10 signals
wire [63 : 0]         mux_10_0;
// level 11 signals
wire [63 : 0]         mux_11_0;
// level 12 signals
wire [63 : 0]         mux_12_0;
// level 13 signals
wire [63 : 0]         mux_13_0;
// level 14 signals
wire [63 : 0]         mux_14_0;
// level 15 signals
wire [63 : 0]         mux_15_0;
// level 16 signals
wire [63 : 0]         mux_16_0;

assign sel = din4;

// Generate level 1 logic
assign mux_1_0 = (sel[0] == 0)? din0 : din1;
assign mux_1_1 = (sel[0] == 0)? din2 : din3;

// Generate level 2 logic
assign mux_2_0 = (sel[1] == 0)? mux_1_0 : mux_1_1;

// Generate level 3 logic
assign mux_3_0 = mux_2_0;

// Generate level 4 logic
assign mux_4_0 = mux_3_0;

// Generate level 5 logic
assign mux_5_0 = mux_4_0;

// Generate level 6 logic
assign mux_6_0 = mux_5_0;

// Generate level 7 logic
assign mux_7_0 = mux_6_0;

// Generate level 8 logic
assign mux_8_0 = mux_7_0;

// Generate level 9 logic
assign mux_9_0 = mux_8_0;

// Generate level 10 logic
assign mux_10_0 = mux_9_0;

// Generate level 11 logic
assign mux_11_0 = mux_10_0;

// Generate level 12 logic
assign mux_12_0 = mux_11_0;

// Generate level 13 logic
assign mux_13_0 = mux_12_0;

// Generate level 14 logic
assign mux_14_0 = mux_13_0;

// Generate level 15 logic
assign mux_15_0 = mux_14_0;

// Generate level 16 logic
assign mux_16_0 = mux_15_0;

// output logic
assign dout = mux_16_0;

endmodule